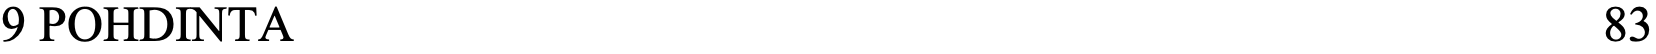
9 POHDINTA                                           83